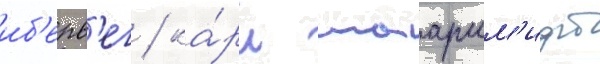
иб'ерв'ег / ка́рл шааршм'идт